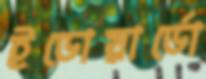
ইডোয়ার্ডো